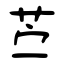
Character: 苎